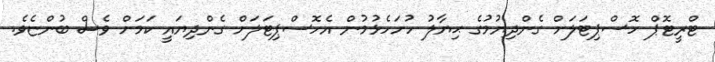
ޓްރީޓޮޕް ހޮސްޕިޓަލަށް ގެންދިޔުމުގެ ޙިޔާލު ހުށަހެޅުމުން އެހޮސްޕިޓަލަށް ގެންދިޔައީ ކަމަށް ވެސް ބުންޏެވެ.